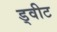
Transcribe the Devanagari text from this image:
ड्वीट